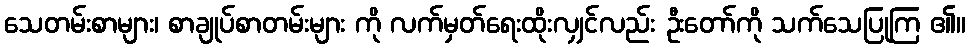
သေတမ်းစာများ၊ စာချုပ်စာတမ်းများ ကို လက်မှတ်ရေးထိုးလျှင်လည်း ဦးတော်ကို သက်သေပြုကြ ၏။